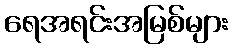
ရေအရင်းအမြစ်များ